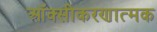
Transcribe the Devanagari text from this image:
ऑक्सीकरणात्मक